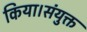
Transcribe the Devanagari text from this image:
किया।संयुक्त